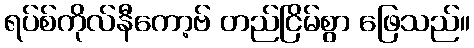
ရပ်စ်ကိုလ်နီကော့ဗ် တည်ငြိမ်စွာ ဖြေသည်။